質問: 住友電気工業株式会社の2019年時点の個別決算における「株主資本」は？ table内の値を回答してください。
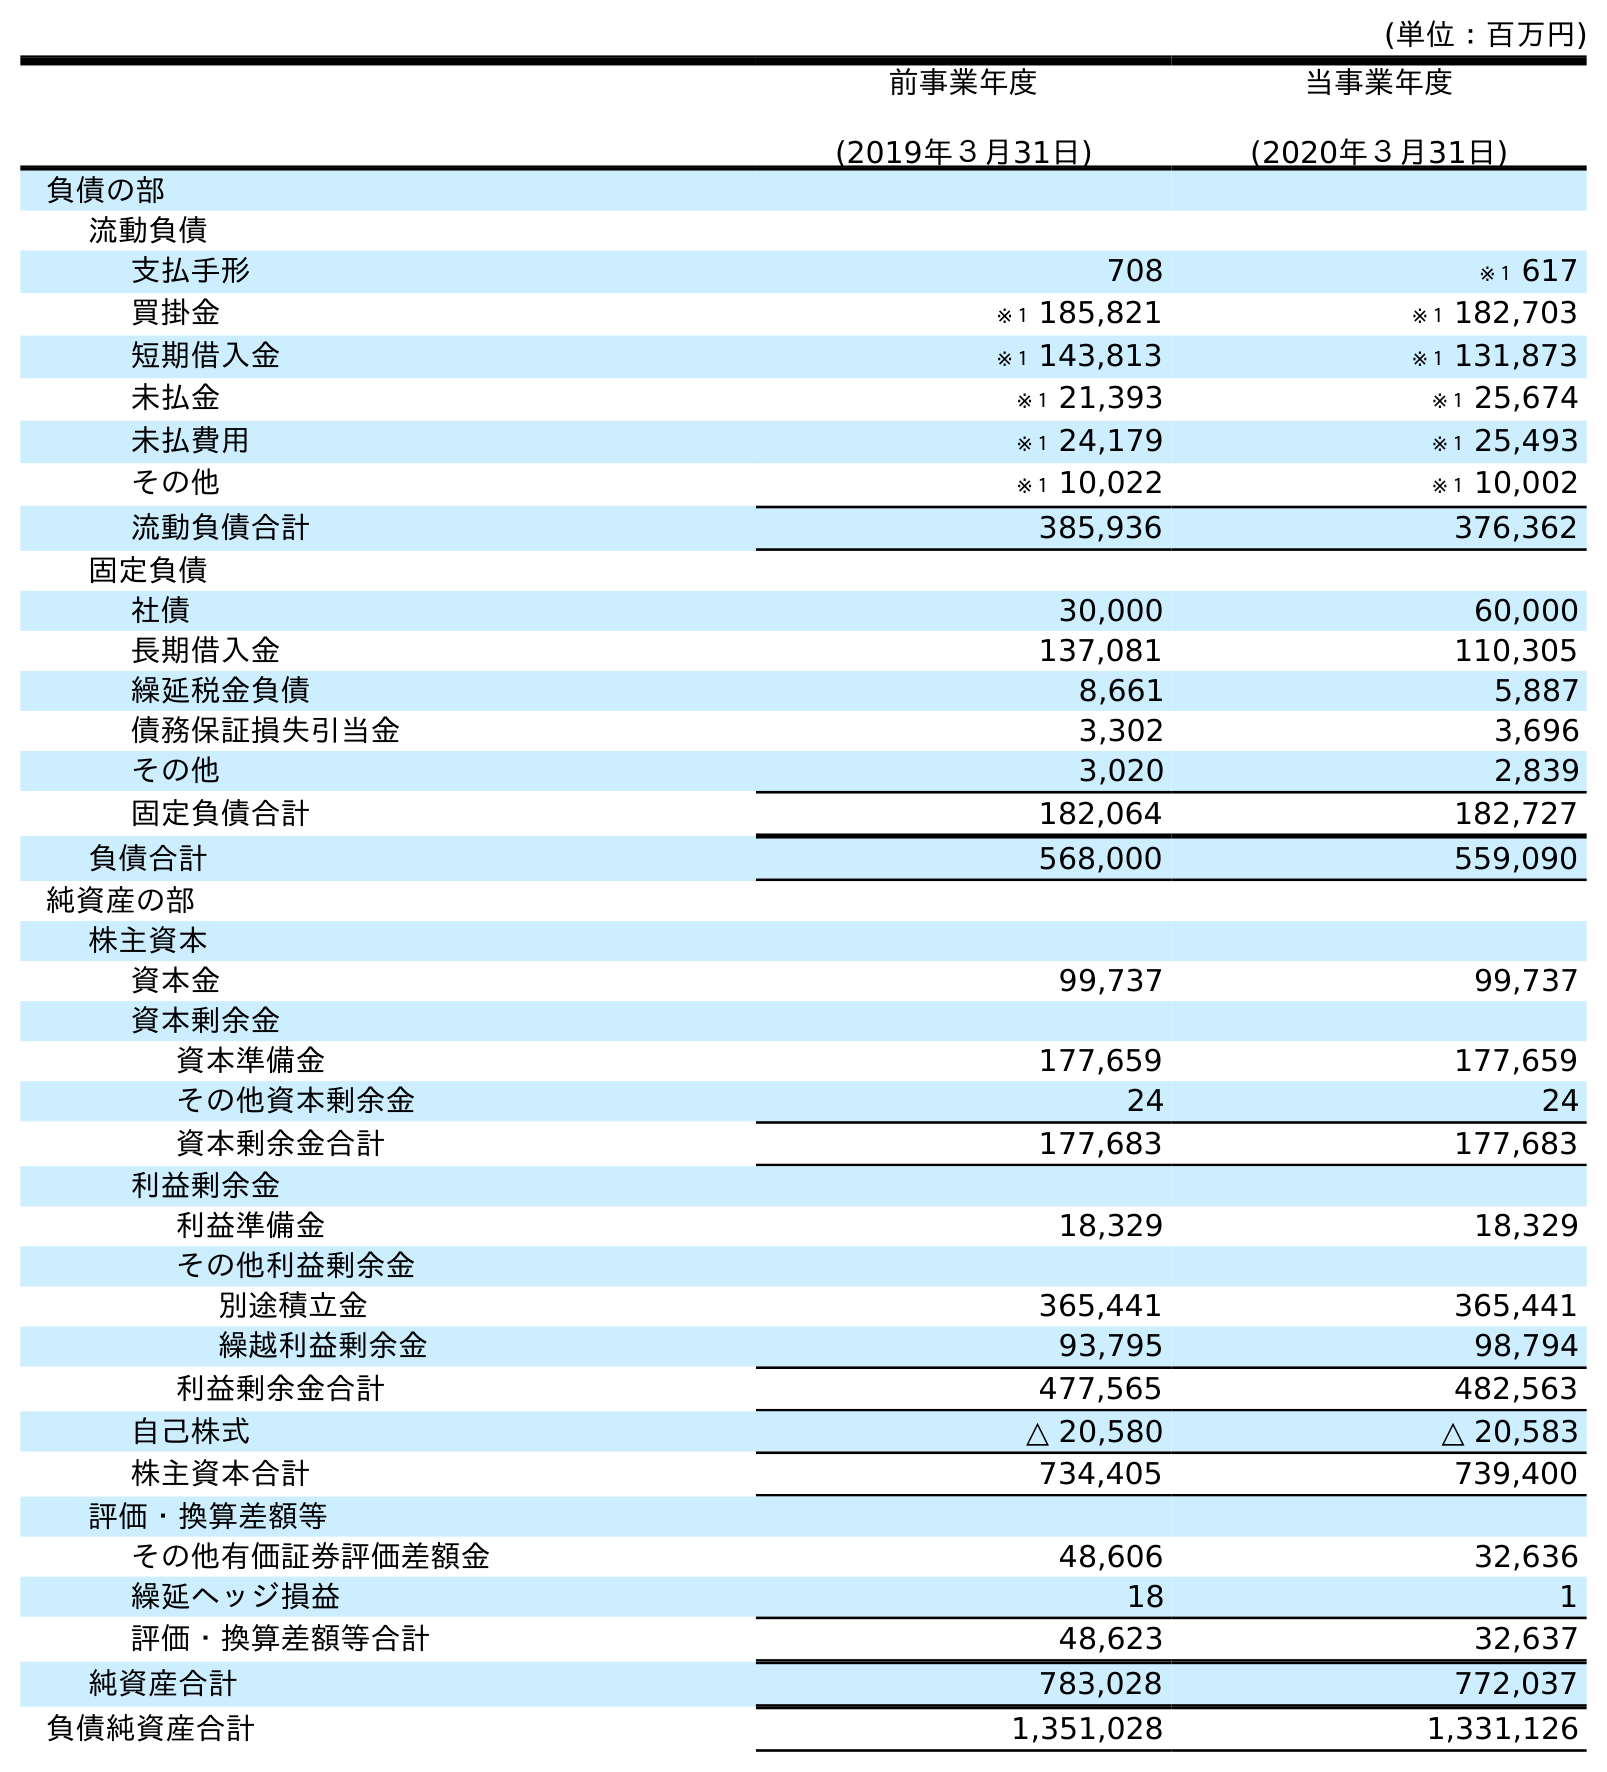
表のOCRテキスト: (単位：百万円) 前事業年度 (2019年３月31日) 当事業年度 (2020年３月31日) 負債の部 流動負債 支払手形 708 ※１ 617 買掛金 ※１ 185,821 ※１ 182,703 短期借入金 ※１ 143,813 ※１ 131,873 未払金 ※１ 21,393 ※１ 25,674 未払費用 ※１ 24,179 ※１ 25,493 その他 ※１ 10,022 ※１ 10,002 流動負債合計 385,936 376,362 固定負債 社債 30,000 60,000 長期借入金 137,081 110,305 繰延税金負債 8,661 5,887 債務保証損失引当金 3,302 3,696 その他 3,020 2,839 固定負債合計 182,064 182,727 負債合計 568,000 559,090 純資産の部 株主資本 資本金 99,737 99,737 資本剰余金 資本準備金 177,659 177,659 その他資本剰余金 24 24 資本剰余金合計 177,683 177,683 利益剰余金 利益準備金 18,329 18,329 その他利益剰余金 別途積立金 365,441 365,441 繰越利益剰余金 93,795 98,794 利益剰余金合計 477,565 482,563 自己株式 △ 20,580 △ 20,583 株主資本合計 734,405 739,400 評価・換算差額等 その他有価証券評価差額金 48,606 32,636 繰延ヘッジ損益 18 1 評価・換算差額等合計 48,623 32,637 純資産合計 783,028 772,037 負債純資産合計 1,351,028 1,331,126
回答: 734,405